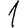
Digit: 1